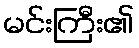
မင်းကြီး၏